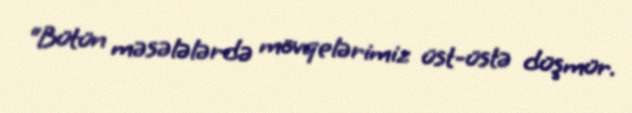
“Bütün məsələlərdə mövqelərimiz üst-üstə düşmür.